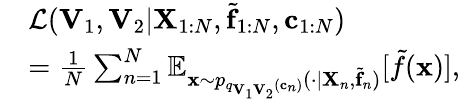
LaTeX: \begin{array}{rl}&{\mathcal{L}(\mathbf{V}_{1},\mathbf{V}_{2}|\mathbf{X}_{1:N},\tilde{\mathbf{f}}_{1:N},\mathbf{c}_{1:N})}\\ &{=\frac{1}{N}\sum_{n=1}^{N}\mathbb{E}_{\mathbf{x}\sim p_{q_{\mathbf{V}_{1}\mathbf{V}_{2}}(\mathbf{c}_{n})}(\cdot|\mathbf{X}_{n},\tilde{\mathbf{f}}_{n})}[\tilde{f}(\mathbf{x})],}\end{array}